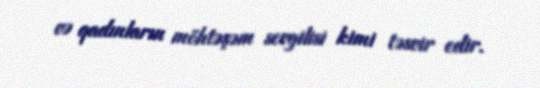
və qadınların möhtəşəm sevgilisi kimi təsvir edir.